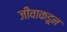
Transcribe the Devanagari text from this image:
जीवाकडून